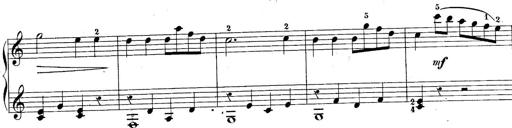
Title: 10 Sonatines progressives
Composer: Anton Schmoll